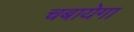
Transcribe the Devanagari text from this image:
चबायेगा